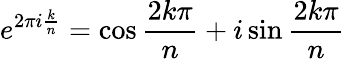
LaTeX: e^{2\pi i{\frac{k}{n}}}=\cos{\frac{2k\pi}{n}}+i\sin{\frac{2k\pi}{n}}